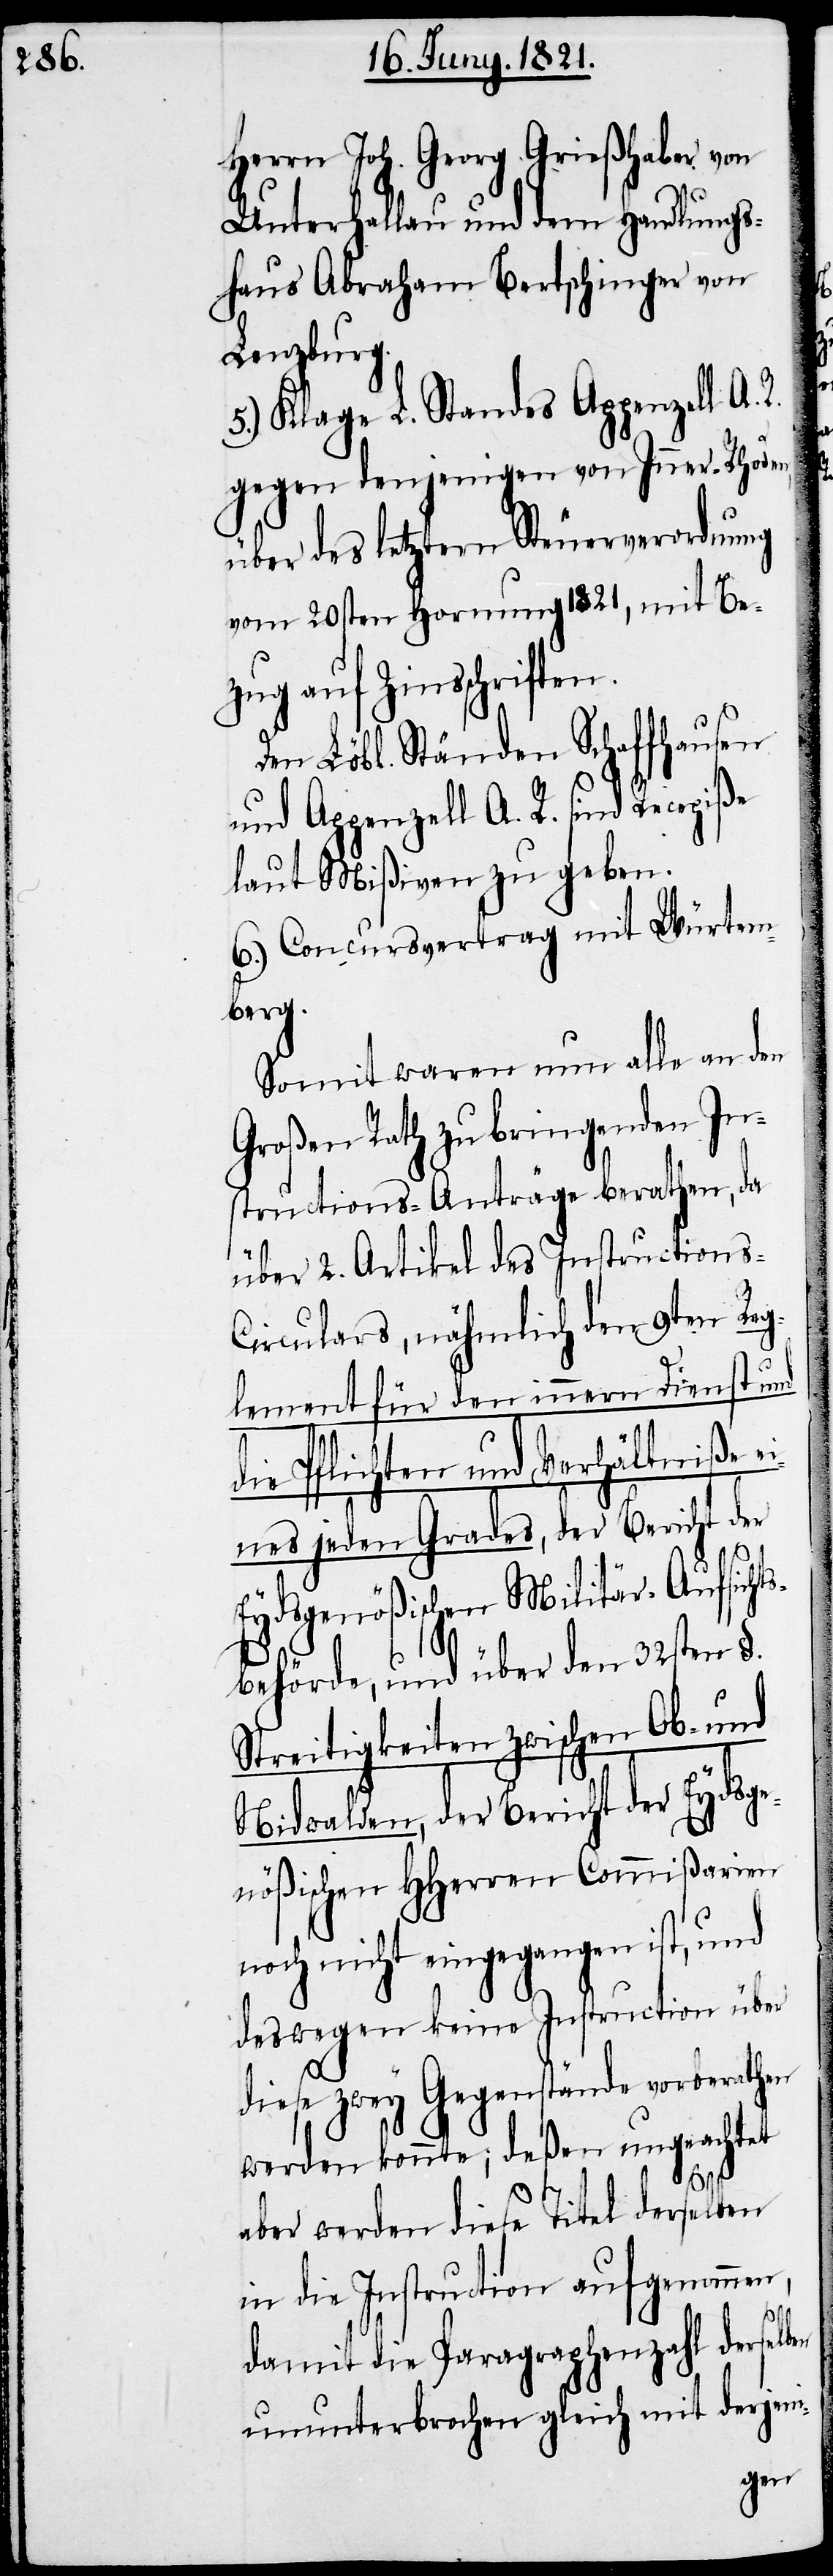
Herrn Joh. Georg Grießhaber von
Unterhallau und dem Handlungs¬
haus Abraham Bertschinger von
Lenzburg.
5.) Klage L. Standes Appenzell A. R.
gegen denjenigen von Inner-Rhoden,
über des letztern Steuerverordnung
vom 20sten Hornung 1821, mit Be¬
zug auf Zinsschriften.
Den Löbl. Ständen Schaffhausen
und Appenzell A. R. sind Recepiße
laut Mißive zu geben.
6.) Concursvertrag mit Würtem¬
berg.
Somit waren nun alle an den
Großen Rath zu bringenden In¬
structions-Anträge berathen, da
über 2. Artikel des Instructions-C¬
irculars, nähmlich den 9ten Reg¬
lement für den innern Dienst und
die Pflichten und Verhältniße e¬
ines jeden Grades, der Bericht der
Eydsgenößischen Militär-Aufsicht¬
sbehörde, und über den 32sten §.
Streitigkeiten zwischen Ob- und
Nidwalden, der Bericht der Eydsge¬
nößischen HHerren Commißarien
noch nicht eingegangen ist, und
deswegen keine Instruction über
diese zwey Gegenstände vorberathen
werden konnte; deßen ungeachtet
aber werden diese Titel derselben
in die Instruction aufgenommen,
damit die Paragraphenzahl derselben
ununterbrochen gleich mit derjeni-